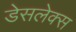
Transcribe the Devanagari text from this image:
डेसलेक्स